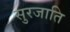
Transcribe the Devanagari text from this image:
सुरजाति